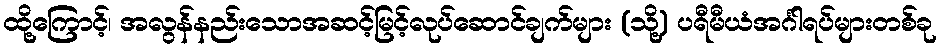
ထို့ကြောင့်၊ အလွန်နည်းသောအဆင့်မြင့်လုပ်ဆောင်ချက်များ (သို့) ပရီမီယံအင်္ဂါရပ်များတစ်ခု